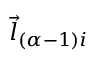
\vec { l } _ { ( \alpha - 1 ) i }